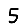
Digit: 5